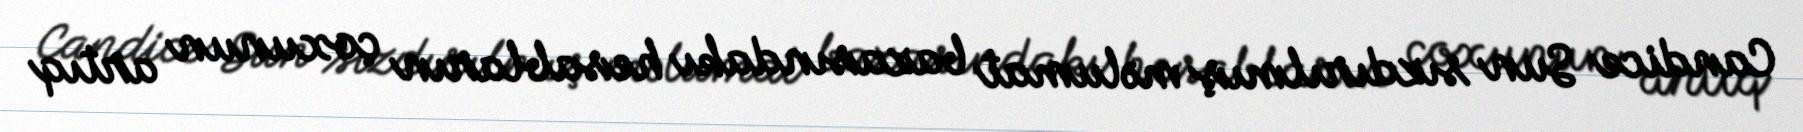
Candice Sun sızdırılmış məlumat bazasındakı hesabların çoxunun artıq